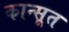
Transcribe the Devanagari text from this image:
कान्सूत